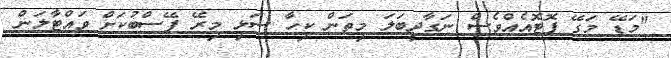
"މަޑޭ މަގޭ ފޮޓޮއެއްވެސް ނަގާދީބަލަ މިތަން ކިހާ ސަޅި މިރޭ ފޭސްބުކަށް ވައްޓާލަން